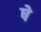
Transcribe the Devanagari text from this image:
षे